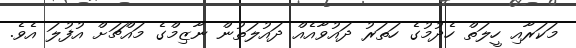
މަކަރާއި ހީލަތް ހެދުމުގެ ހަތަރު ދައުވާއެއް ދައުލަތުން ނާޒިމްގެ މައްޗަށް އުފުލަ އެވެ.